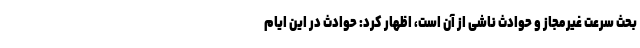
بحث سرعت غیرمجاز و حوادث ناشی از آن است، اظهار کرد: حوادث در این ایام